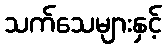
သက်သေများနှင့်